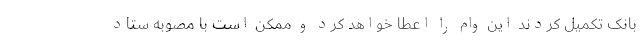
بانک تکمیل کردند این وام را اعطا خواهد کرد و ممکن است با مصوبه ستاد